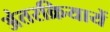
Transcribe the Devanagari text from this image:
अंतरक्रियायें